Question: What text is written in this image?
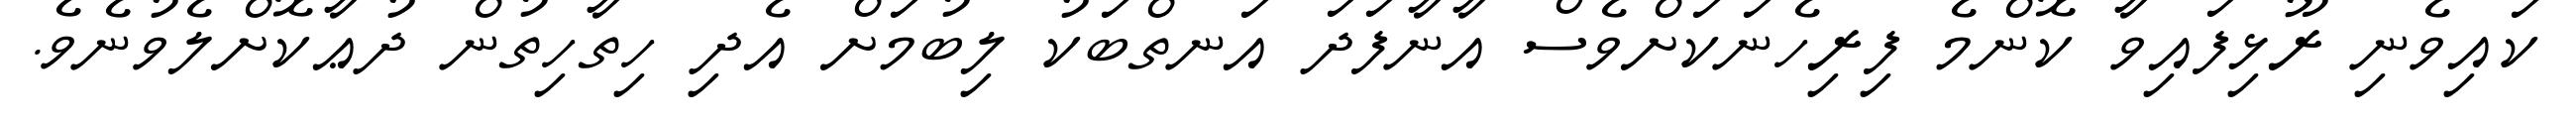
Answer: ކައިވެނި ރޫޅިފައިވާ ކޮންމެ ފިރިހެނަކަށްވެސް އާނާފަދަ އަނތްބަކު ލިބުމަށް އެދި ހިތާހިތުން ދުޢާކޮށްލެވުނެވެ.